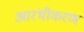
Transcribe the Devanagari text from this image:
आरंभीकरण